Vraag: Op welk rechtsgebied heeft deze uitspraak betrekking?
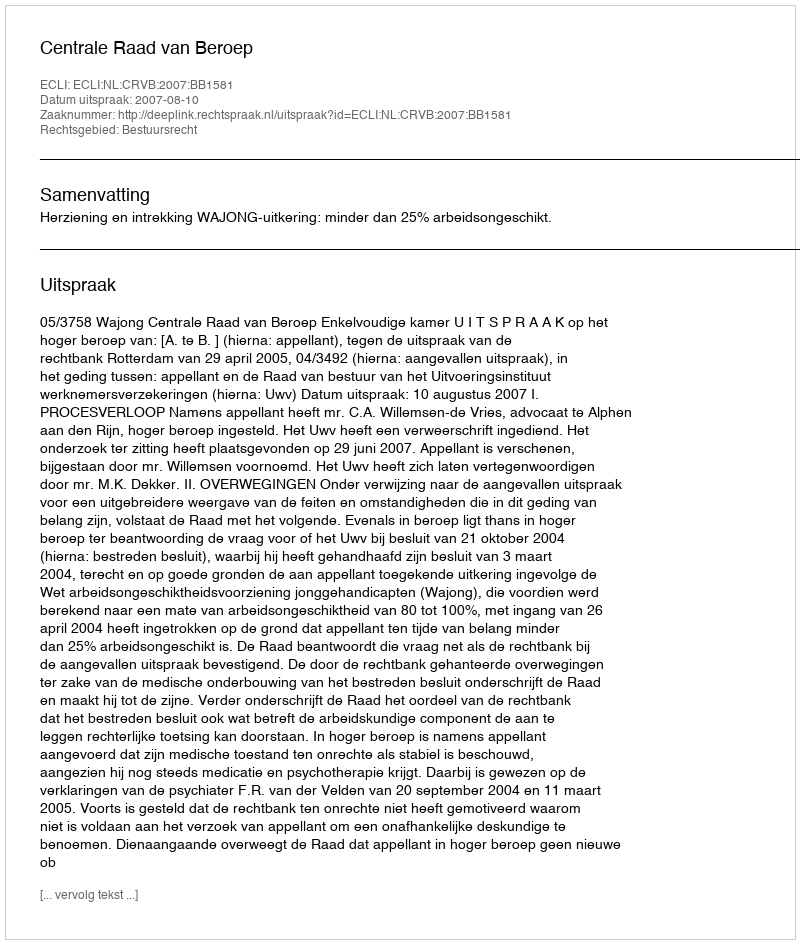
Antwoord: Bestuursrecht